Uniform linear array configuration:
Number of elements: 4
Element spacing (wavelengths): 1
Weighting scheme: cosine
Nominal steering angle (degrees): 15
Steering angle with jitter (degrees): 15.219
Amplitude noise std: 0.05
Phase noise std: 0.05

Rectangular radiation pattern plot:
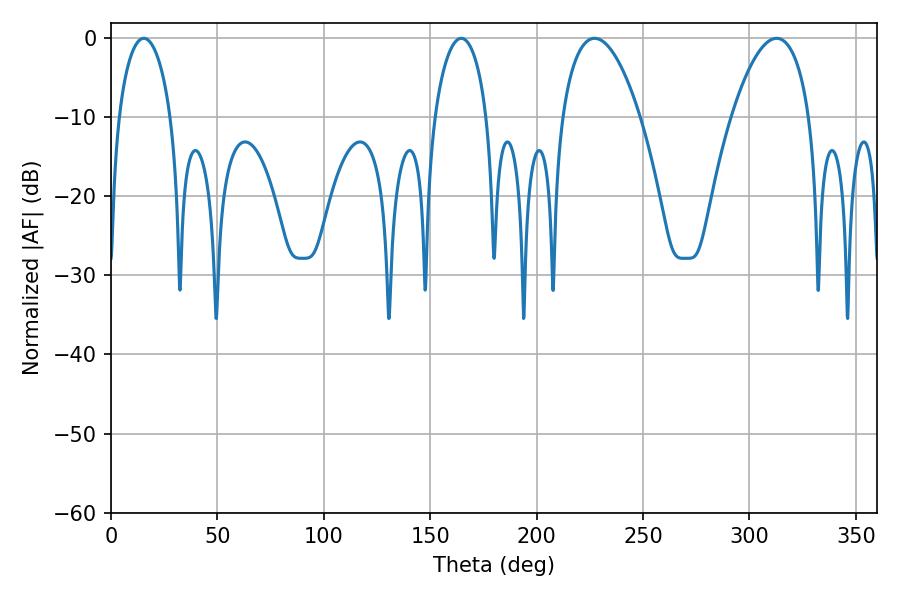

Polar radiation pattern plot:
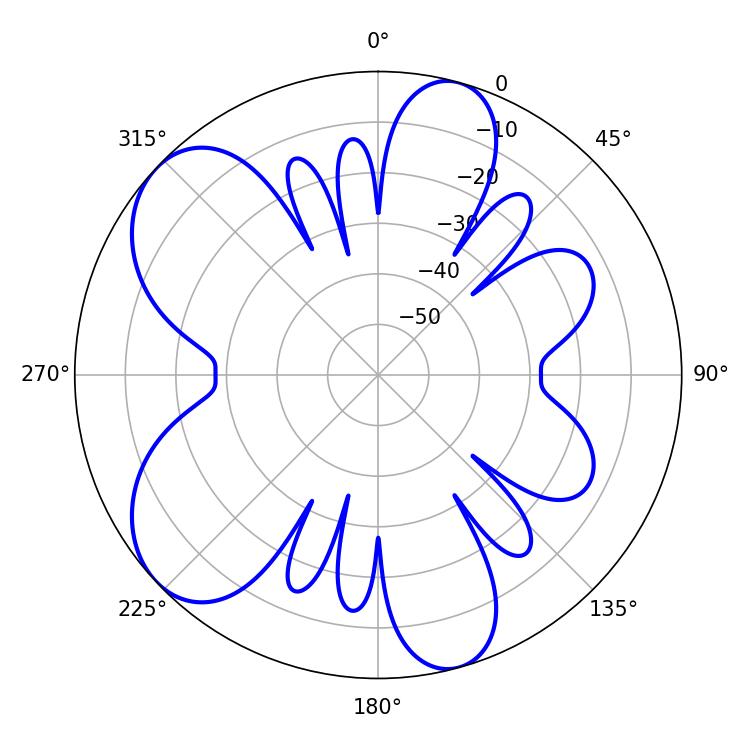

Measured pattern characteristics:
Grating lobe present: TRUE
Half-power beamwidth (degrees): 20.52
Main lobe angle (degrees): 227.16